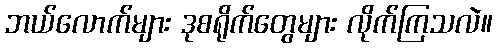
ဘယ်လောက်များ ဒုစရိုက်တွေများ လိုက်ကြသလဲ။